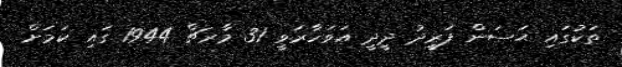
ތަކުގައި ޙަސަން ފަރީދު ދީދީ އަވަހާރަވީ 31 މާރޗް 1944 ގައި ކަމަށް